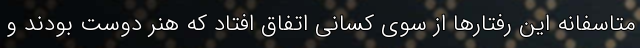
متاسفانه این رفتارها از سوی کسانی اتفاق افتاد که هنر دوست بودند و